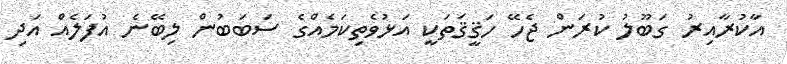
އާކުރާއިރު ގަބޫލު ކުރަން ޖެހޭ ހަޤީޤަތަކީ އަޅުވެތިކަމެއްގެ ސަބަބުން ލިބޭނެ އުފަލެއް އަދި